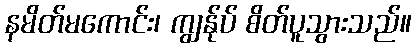
နမိတ်မကောင်း၊ ကျွန်ုပ် စိတ်ပူသွားသည်။